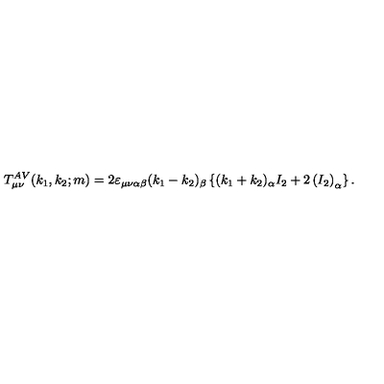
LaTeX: T _ { \mu \nu } ^ { A V } ( k _ { 1 } , k _ { 2 } ; m ) = 2 \varepsilon _ { \mu \nu \alpha \beta } ( k _ { 1 } - k _ { 2 } ) _ { \beta } \left\{ ( k _ { 1 } + k _ { 2 } ) _ { \alpha } I _ { 2 } + 2 \left( I _ { 2 } \right) _ { \alpha } \right\} .